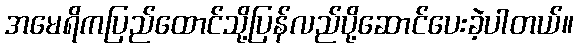
အမေရိကပြည်ထောင်သို့ပြန်လည်ပို့ဆောင်ပေးခဲ့ပါတယ်။